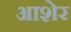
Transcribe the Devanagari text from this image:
आशेर